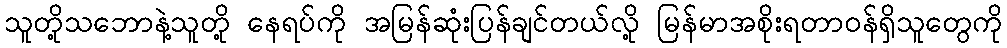
သူတို့သဘောနဲ့သူတို့ နေရပ်ကို အမြန်ဆုံးပြန်ချင်တယ်လို့ မြန်မာအစိုးရတာဝန်ရှိသူတွေကို